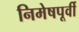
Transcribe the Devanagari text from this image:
निमेषपूर्वी